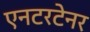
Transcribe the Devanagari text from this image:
एनटरटेनर